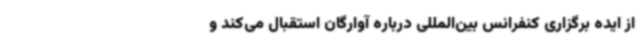
از ایده برگزاری کنفرانس بین‌المللی درباره آوارگان استقبال می‌کند و